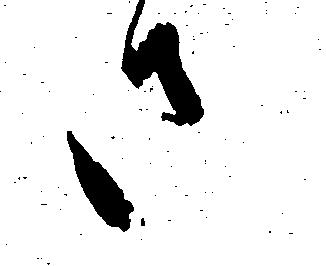
さ